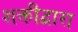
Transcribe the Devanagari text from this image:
शक्तीद्वारा